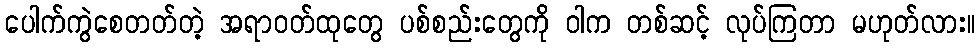
ပေါက်ကွဲစေတတ်တဲ့ အရာဝတ်ထုတွေ ပစ်စည်းတွေကို ဝါက တစ်ဆင့် လုပ်ကြတာ မဟုတ်လား။